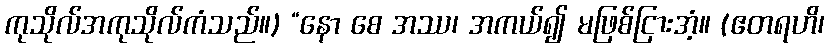
ကုသိုလ်အကုသိုလ်ကံသည်။) “နော စေ အဿ၊ အကယ်၍ မဖြစ်ငြားအံ့။ (ဧတရဟိ၊